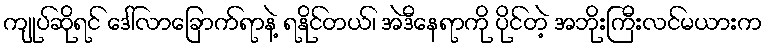
ကျုပ်ဆိုရင် ဒေါ်လာခြောက်ရာနဲ့ ရနိုင်တယ်၊ အဲဒီနေရာကို ပိုင်တဲ့ အဘိုးကြီးလင်မယားက